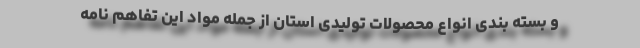
و بسته بندی انواع محصولات تولیدی استان از جمله مواد این تفاهم نامه